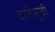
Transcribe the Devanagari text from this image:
दातेसूची